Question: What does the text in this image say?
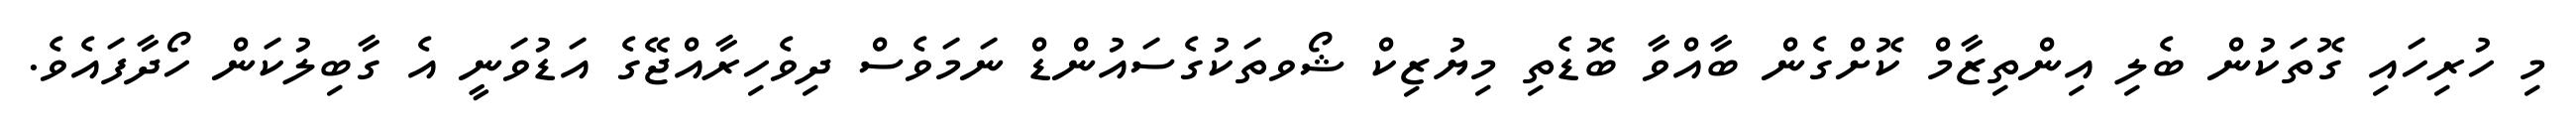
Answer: މި ހުރިހައި ގޮތަކުން ބެލި އިންތިޒާމް ކޮށްގެން ބާއްވާ ބޮޑެތި މިޔުޒިކް ޝޯވތަކުގެސައުންޑް ނަމަވެސް ދިވެހިރާއްޖޭގެ އަޑުވަނީ އެ ގާބިލުކަން ހޯދާފައެވެ.